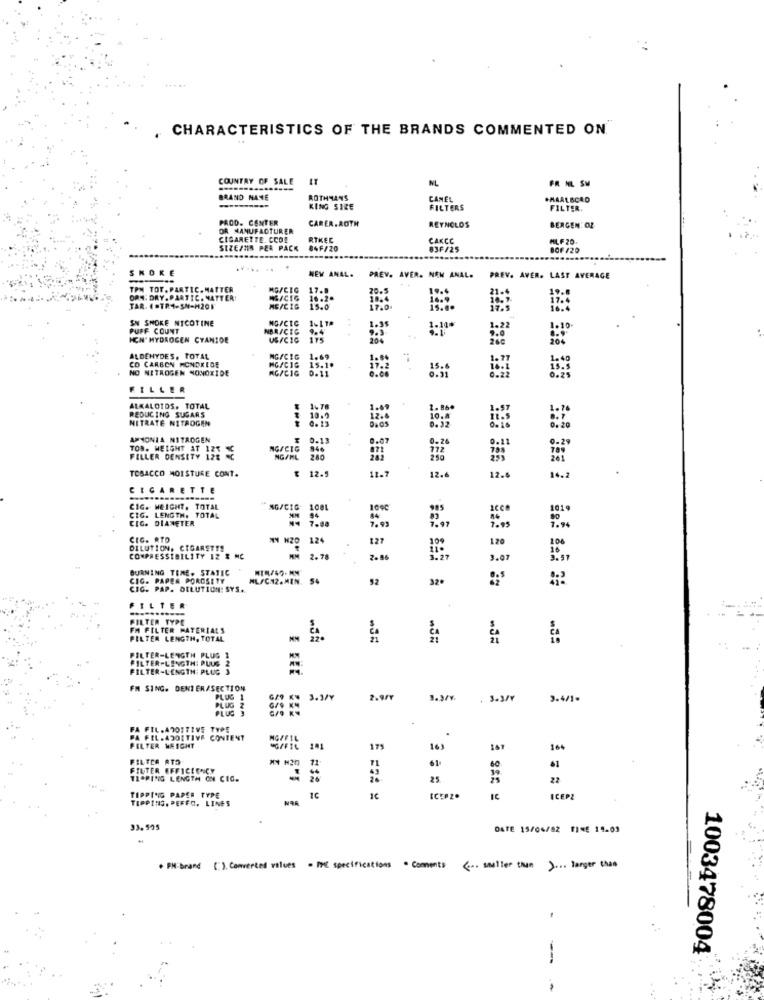
CHARACTERISTICS OF THE BRANDS COMMENTED ON
COUNTRY OF SALE IT
NL
FR ML SM
BRAND NAME
ROTHMANS
CANEL
.MAALBCAD
KING SIZE
FILTERS
FILTER.
PROD. CENTER
CARER.ROTH
REYNOLDS
OR MANUFACTURER
BERGEN: OZ
CIGARETTE. CCDE
RTKEC
CAKCC
HLF 20
SIZE/NS PER PACK
84F/20
83F/25
BCF/20
SKOKE
NEW ANAL.
PREV. AVER. NEW ANAL.
PREV. AVER. LAST AVERAGE
TPM TOT. PARTIC. MATTER
MG/CIG
17.8
OR4; DRY. PARTIC. MATTER!
HEICIG
16.20
10.4
MG/CIG
15.0
15.0
SN SNOKE NICOTINE
MG/CIC
1-118
PUFF COUNT
NBR/CIG
4.4
1.38
1-100
1.22
ICH' HYDROGEN CYANIDE
US/C10
ALDEHYDES, TOTAL
CO CARBON MONDKLDE
MGFCIG
15.1.
1.69
NO NITROGEN MONOXIDE
KG/CIG
0.11
.. .
0.25
FILLER
REDUCING SUSARS
ALKALOIDS. TOTAL
1.49
NITRATE NITROGEN
10:2
12.
AMMONIA NITROGEN
0.07
0-26
0.29
NG/CIG
946
172
0:11
TOB. WEIGHT AT 121
FILLER DENSITY 128
NG/ML
240
250
TOBACCO MOISTURE CONT.
₹ 12.5
11.7
12.6
12.
16.2
CIGARETTE
TOI
CIG. HEIGHT. TOTAL
MG/CIG
1081
CIG. DIAMETER
CIG. LENGTH. TOTAL
94
7.88
7.93
7.97
7.95
CIG. RTO
12
127
120
100
DILUTION. CIGARETTE
COMPRESSIBILITY 12 & MC
2.78
2.86
3.07
BURNING TIME. STATIC
CIG. PAPER POROSITY
ML/CH2. MIN. S.
52
32ª
CIG. PAP. DILUTION: SYS ..
FILTE
FILTER TYPE
FM FILTER MATERIALS
FILTER LENGTH, TOTAL
FILTER-LENGTH PLUS 1
FILTER-LENGTH: PUUG
FILTER-LENGTH: PLUG 3
FM SING. DENIER/SECTION
PLUG 1
3. 3/7
2.9/Y
3.3/4.
3.3/Y
3.4/1.
PLUG
PLUS 3
FA FIL.A201TIVE TYPE
.
PA FEL.4201TIVE CONTENT
NGPFIL
FILTER WRIGHT
201
17
16)
164
FILTER ATO
** N20
61
60
61
FILTER EFFICIENCY
11
11
3º
TIPPING LENGTH ON CIC.
25
22
TIPPING PAPER TYPE
TIPPING. PEFFO. LINES
1C
ICEPZ.
IC
ICEPZ
33.595
DATE 15/04/82 FINE 19-03
· PH: brand [:), Commerces values = MC specifications · Comments
( ... smaller than ) ... larger than
1003478004